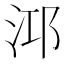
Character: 𪵹